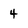
Character: 4